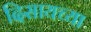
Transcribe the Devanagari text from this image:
दिसायच्या